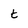
Character: t